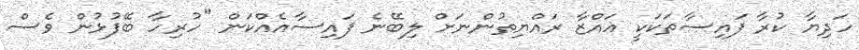
ހަދިޔާ ކުރާ ފައިސާތަކަކީ ޣައްޒާ ރައްޔިތުންނަށް ލިބޭނެ ފައިސާއެއްކަން "ހުރިހާ ބޭފުޅުން ވެސް